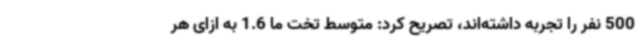
500 نفر را تجربه داشته‌اند، تصریح کرد: متوسط تخت ما 1.6 به ازای هر